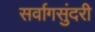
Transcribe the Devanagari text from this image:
सर्वागसुंदरी